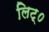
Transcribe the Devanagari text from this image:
लिट्०